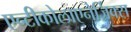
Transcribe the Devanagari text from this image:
एन्टीकोलाएनेर्जिक्स